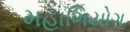
મહાભિયોગ